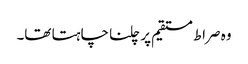
وہ صراط مستقیم پر چلنا چاہتا تھا۔